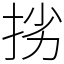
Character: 挘